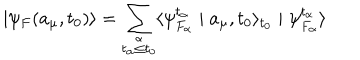
\mid \psi _ { F } ( a _ { \mu } , t _ { 0 } ) \rangle = \sum _ { \stackrel { \alpha } { t _ { \alpha } \leq t _ { 0 } } } \langle \psi _ { F _ { \alpha } } ^ { t _ { \alpha } } \mid a _ { \mu } , t _ { 0 } \rangle _ { t _ { 0 } } \mid \psi _ { F _ { \alpha } } ^ { t _ { \alpha } } \rangle